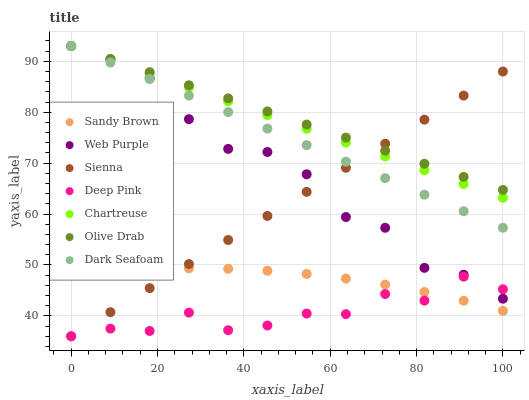
| xaxis_label | Sandy Brown | Web Purple | Sienna | Deep Pink | Chartreuse | Olive Drab | Dark Seafoam |
 | --- | --- | --- | --- | --- | --- | --- | --- |
 | 0 | 48 | 93 | 36 | 36 | 93 | 93 | 93 |
 | 9.09 | 48.8 | 90.4 | 40.7 | 37.5 | 90.3 | 90.4 | 89.8 |
 | 18.2 | 49.2 | 86.7 | 45.5 | 37 | 87.6 | 87.9 | 86.5 |
 | 27.3 | 49.4 | 78.6 | 50.2 | 40.6 | 84.9 | 85.3 | 83.3 |
 | 36.4 | 49.2 | 72.8 | 54.9 | 37.2 | 82.2 | 82.7 | 80 |
 | 45.5 | 48.9 | 72.2 | 59.6 | 38.1 | 79.5 | 80.2 | 76.8 |
 | 54.5 | 48.2 | 67.8 | 64.4 | 40.5 | 76.7 | 77.6 | 73.5 |
 | 63.6 | 47.3 | 59.4 | 69.1 | 40.3 | 74 | 75 | 70.3 |
 | 72.7 | 46.1 | 57.3 | 73.8 | 44.3 | 71.3 | 72.4 | 67 |
 | 81.8 | 44.7 | 49.4 | 78.5 | 43 | 68.6 | 69.9 | 63.8 |
 | 90.9 | 43 | 48.1 | 83.3 | 47.7 | 65.9 | 67.3 | 60.6 |
 | 100 | 41 | 43.4 | 88 | 45.2 | 63.2 | 64.7 | 57.3 |